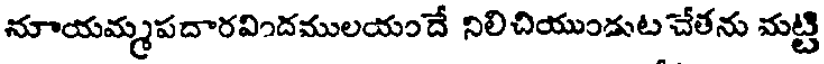
నూయమ్మపదారవిందములయందే నిలిచియుండుట చేతను మట్టి